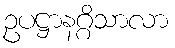
ဥပဋ္ဌာနဂ္ဂိသာလာ